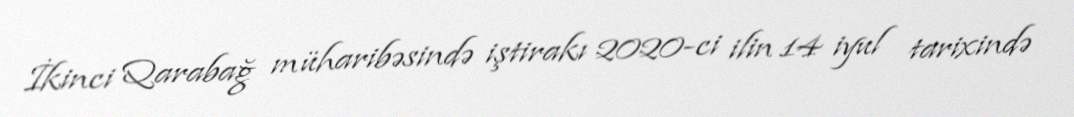
İkinci Qarabağ müharibəsində iştirakı 2020-ci ilin 14 iyul tarixində